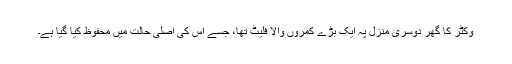
وکٹر کا گھر دوسری منزل پہ ایک بڑے کمروں والا فلیٹ تھا، جسے اس کی اصلی حالت میں محفوظ کیا گیا ہے۔